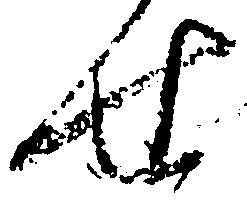
せ